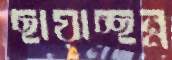
ছায়াচ্ছন্ন